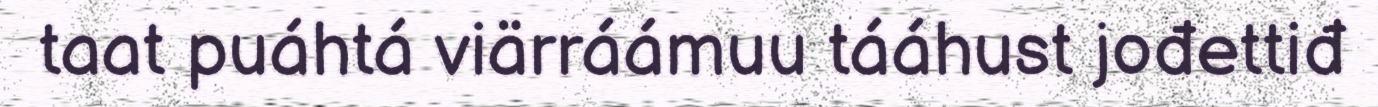
taat puáhtá viärráámuu tááhust jođettiđ